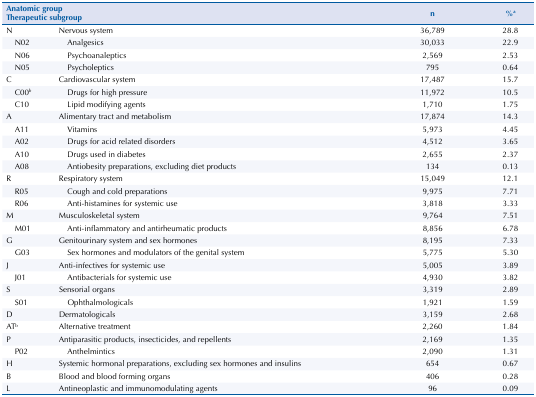
<table><thead><tr><td colspan="2"><b> Anatomic group Therapeutic subgroup </b></td><td><b>n</b></td><td><b>%<sup>a</sup></b></td></tr></thead><tbody><tr><td>N</td><td>Nervous system</td><td>36,789</td><td>28.8</td></tr><tr><td>N02</td><td>Analgesics</td><td>30,033</td><td>22.9</td></tr><tr><td>N06</td><td>Psychoanaleptics</td><td>2,569</td><td>2.53</td></tr><tr><td>N05</td><td>Psycholeptics</td><td>795</td><td>0.64</td></tr><tr><td>C</td><td>Cardiovascular system</td><td>17,487</td><td>15.7</td></tr><tr><td>C00<sup>b</sup></td><td>Drugs for high pressure</td><td>11,972</td><td>10.5</td></tr><tr><td>C10</td><td>Lipid modifying agents</td><td>1,710</td><td>1.75</td></tr><tr><td>A</td><td>Alimentary tract and metabolism</td><td>17,874</td><td>14.3</td></tr><tr><td>A11</td><td>Vitamins</td><td>5,973</td><td>4.45</td></tr><tr><td>A02</td><td>Drugs for acid related disorders</td><td>4,512</td><td>3.65</td></tr><tr><td>A10</td><td>Drugs used in diabetes</td><td>2,655</td><td>2.37</td></tr><tr><td>A08</td><td>Antiobesity preparations, excluding diet products</td><td>134</td><td>0.13</td></tr><tr><td>R</td><td>Respiratory system</td><td>15,049</td><td>12.1</td></tr><tr><td>R05</td><td>Cough and cold preparations</td><td>9,975</td><td>7.71</td></tr><tr><td>R06</td><td>Anti-histamines for systemic use</td><td>3,818</td><td>3.33</td></tr><tr><td>M</td><td>Musculoskeletal system</td><td>9,764</td><td>7.51</td></tr><tr><td>M01</td><td>Anti-inflammatory and antirheumatic products</td><td>8,856</td><td>6.78</td></tr><tr><td>G</td><td>Genitourinary system and sex hormones</td><td>8,195</td><td>7.33</td></tr><tr><td>G03</td><td>Sex hormones and modulators of the genital system</td><td>5,775</td><td>5.30</td></tr><tr><td>J</td><td>Anti-infectives for systemic use</td><td>5,005</td><td>3.89</td></tr><tr><td>J01</td><td>Antibacterials for systemic use</td><td>4,930</td><td>3.82</td></tr><tr><td>S</td><td>Sensorial organs</td><td>3,319</td><td>2.89</td></tr><tr><td>S01</td><td>Ophthalmologicals</td><td>1,921</td><td>1.59</td></tr><tr><td>D</td><td>Dermatologicals</td><td>3,159</td><td>2.68</td></tr><tr><td>AT<sup>b</sup></td><td>Alternative treatment</td><td>2,260</td><td>1.84</td></tr><tr><td>P</td><td>Antiparasitic products, insecticides, and repellents</td><td>2,169</td><td>1.35</td></tr><tr><td>P02</td><td>Anthelmintics</td><td>2,090</td><td>1.31</td></tr><tr><td>H</td><td>Systemic hormonal preparations, excluding sex hormones and insulins</td><td>654</td><td>0.67</td></tr><tr><td>B</td><td>Blood and blood forming organs</td><td>406</td><td>0.28</td></tr><tr><td>L</td><td>Antineoplastic and immunomodulating agents</td><td>96</td><td>0.09</td></tr></tbody></table>